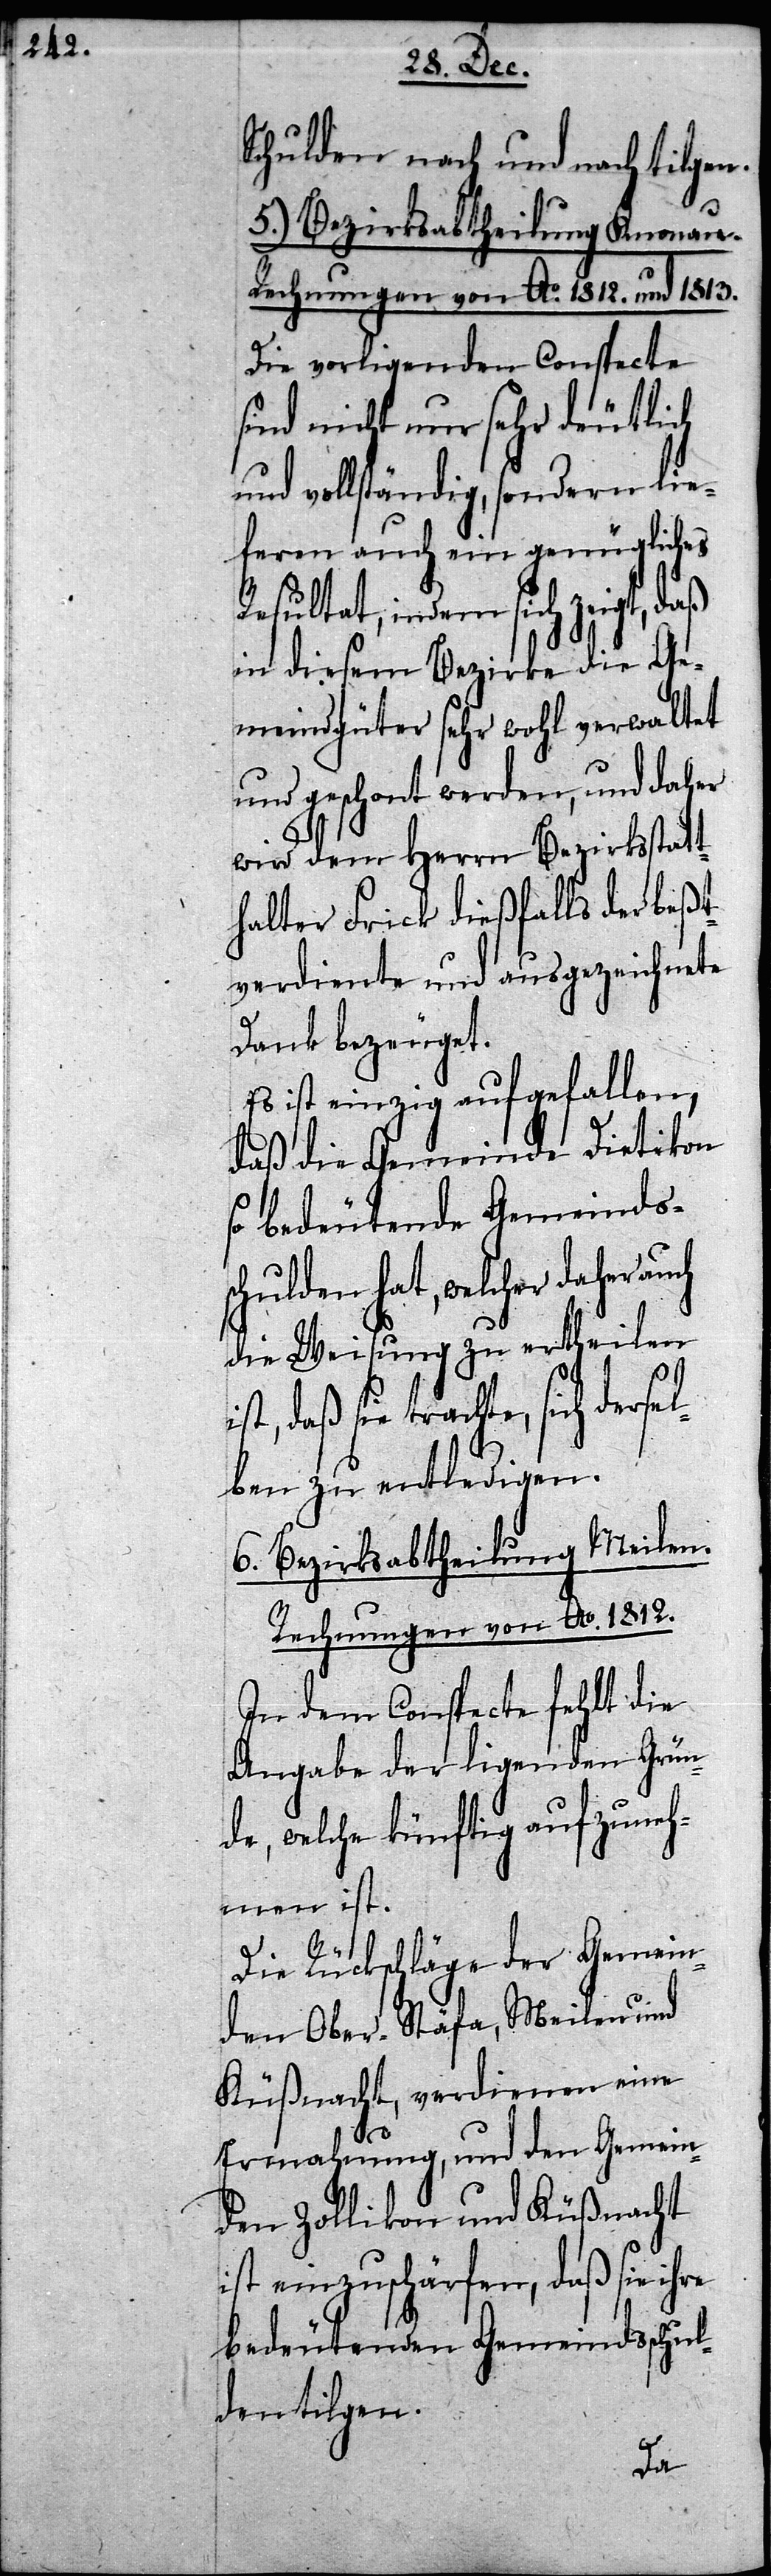
Schulden nach und nach tilgen.
5.) Bezirksabtheilung Knonau.
Rechnungen von Ao. 1812. und 1813.
Die vorligenden Conspecte
sind nicht nur sehr deutlich
und vollständig, sondern lie¬
feren auch ein genügliches
Resultat, indem sich zeigt, daß
in diesem Bezirke die Ge¬
meindgüter sehr wohl verwaltet
und geschont werden, und daher
wird dem Herrn Bezirksstatt¬
halter Frick dießfalls der beßt¬
verdiente und ausgezeichnete
Dank bezeuget.
ist einzig aufgefallen,
daß die Gemeinde Dietikon
so bedeutende Gemeindss¬
chulden hat, welcher daher
die Weisung zu ertheilen
daß sie trachte, sich derse¬
lben zu entledigen.
6.) Bezirksabtheilung Meilen.
Rechnungen von Ao. 1812.
In dem Conspecte fehlt die
Angabe der ligenden Grün¬
de, welche künftig aufzuneh¬
men ist.
Die Rückschläge der Gemein¬
den Ober-Stäfa, Meilen und
Küßnacht, verdienen eine
Ermahnung, und den Gemein¬
den Zollikon und Küßnacht
ist einzuschärfen, daß sie ihre
bedeutenden Gemeindsschul¬
den tilgen.